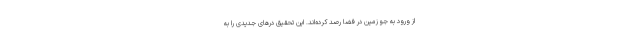
از ورود به جو زمین در فضا رصد کرده‌اند. این تحقیق درهای جدیدی را به